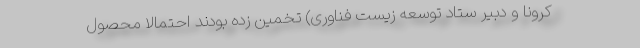
کرونا و دبیر ستاد توسعه زیست فناوری) تخمین زده بودند احتمالا محصول